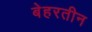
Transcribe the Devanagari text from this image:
बेहरतीन